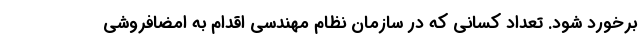
برخورد شود. تعداد کسانی که در سازمان نظام مهندسی اقدام به امضافروشی